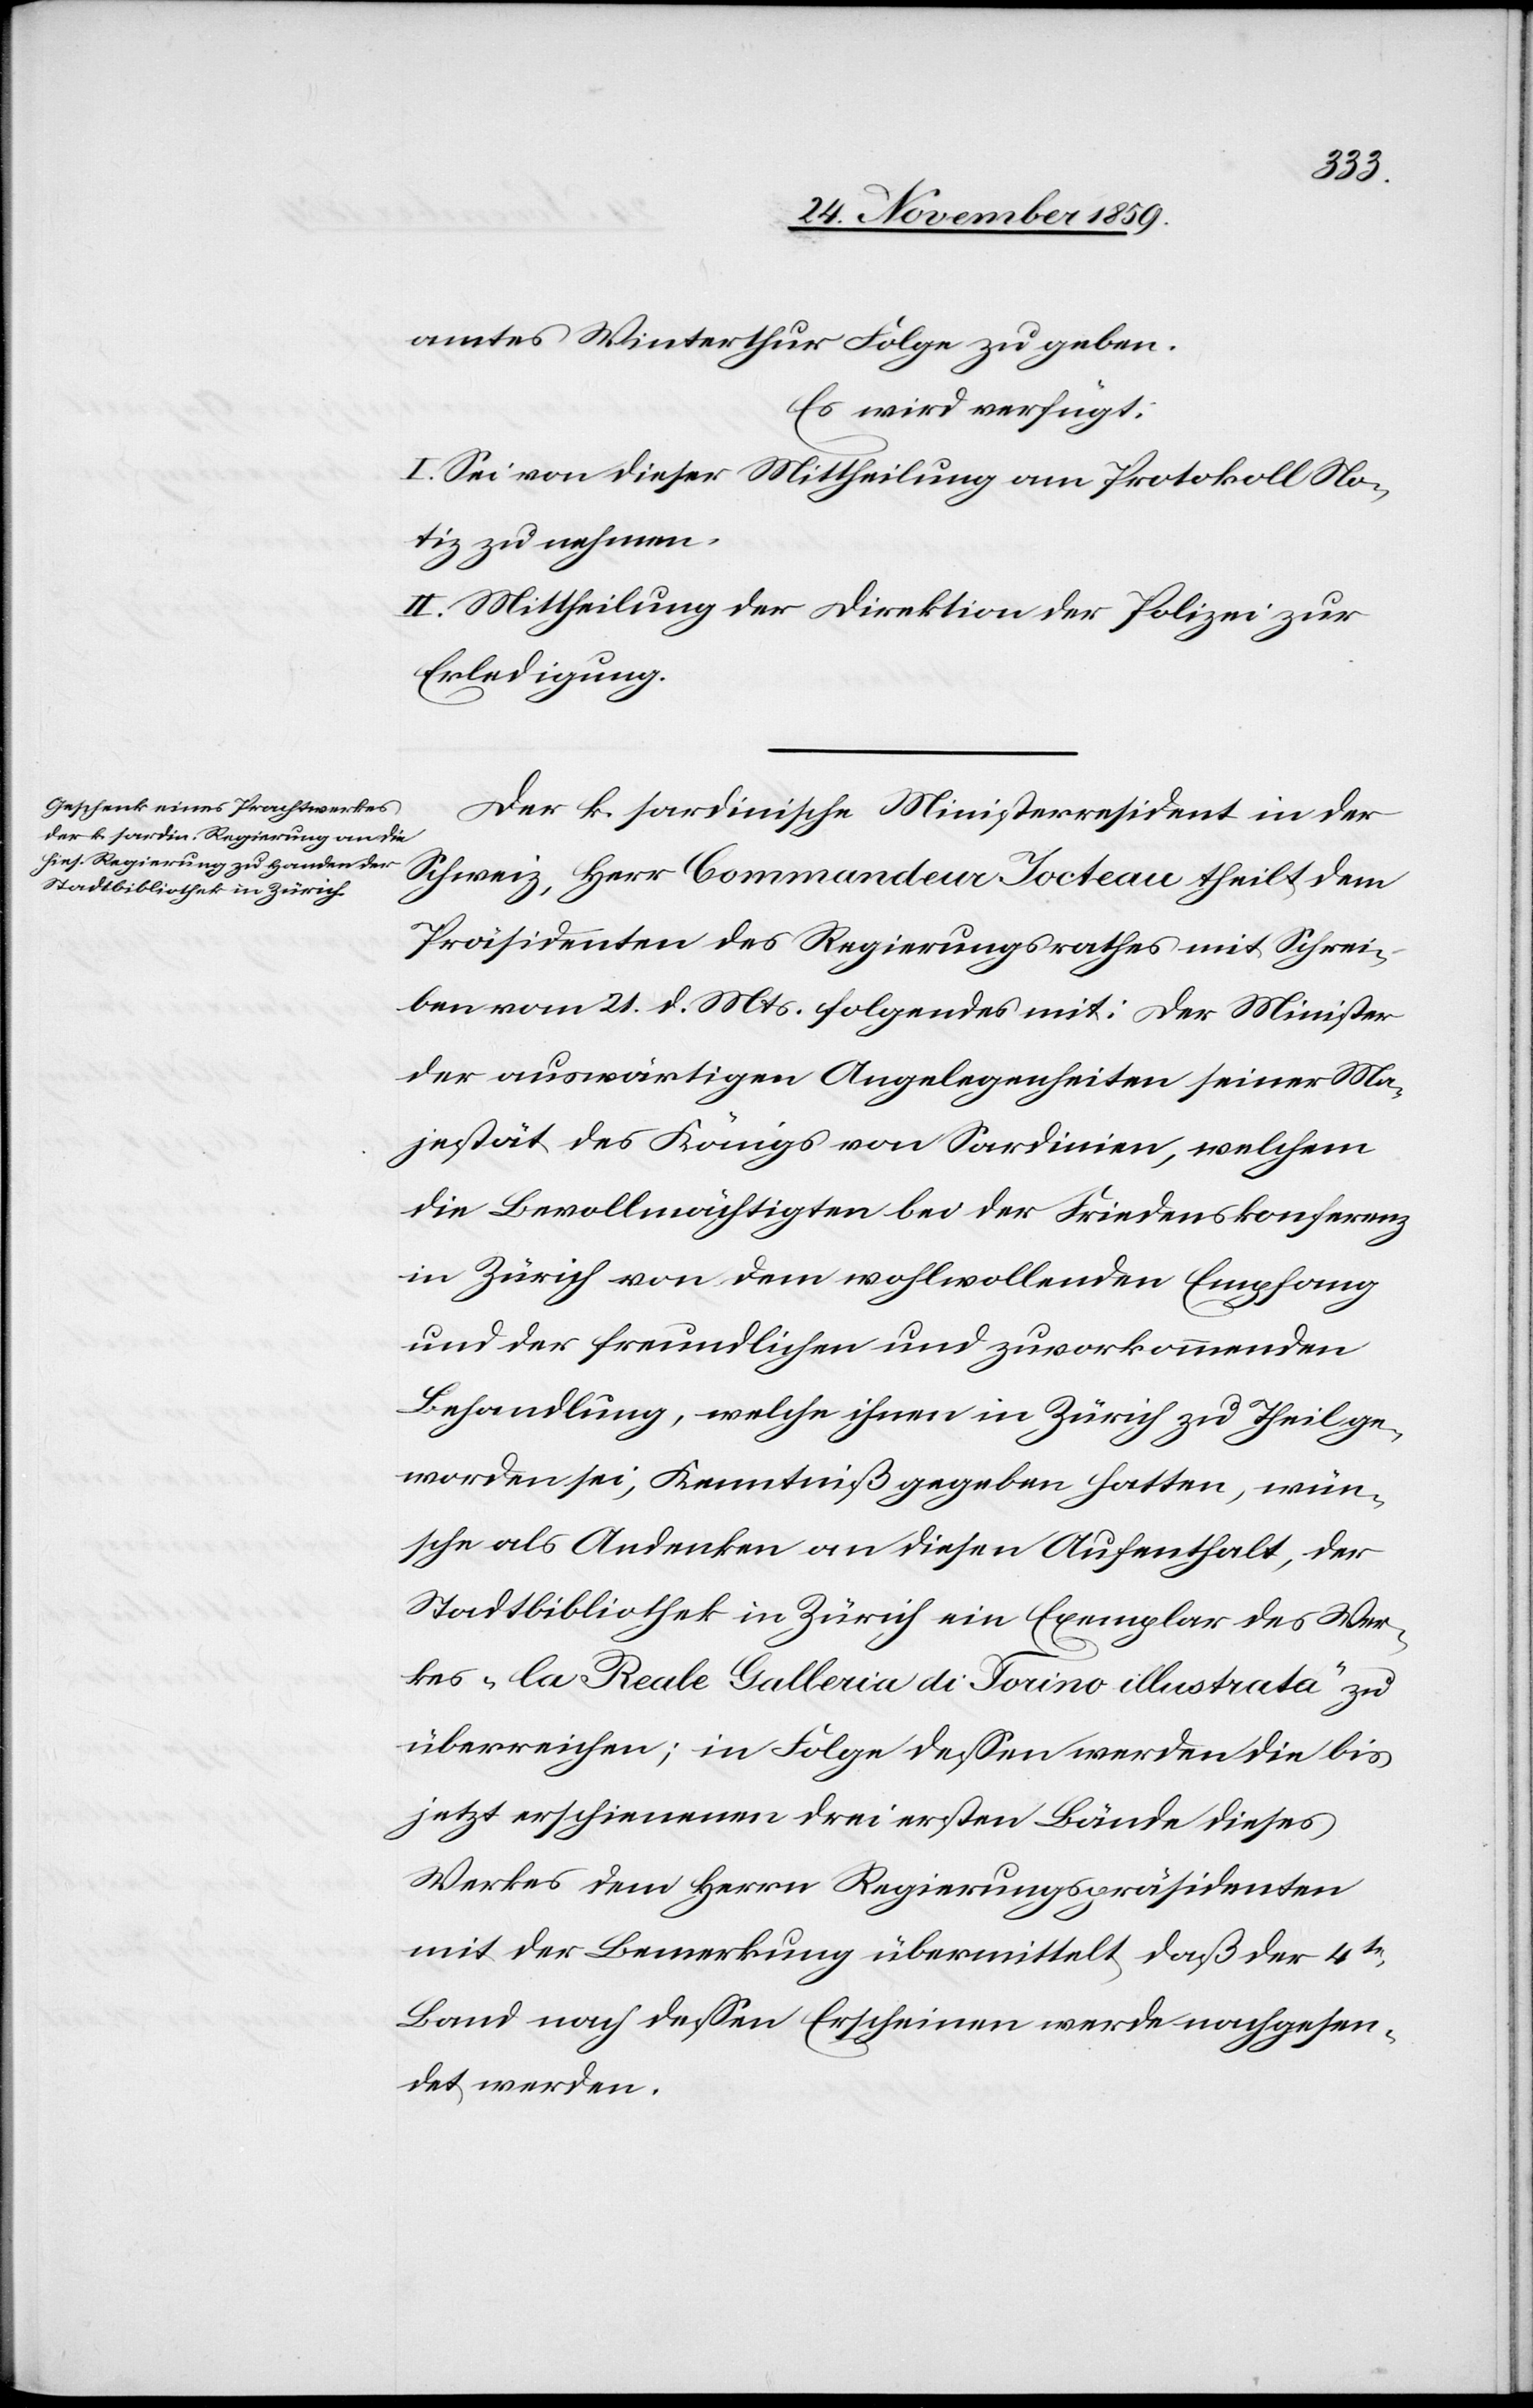
amtes Winterthur Folge zu geben.
Es wird verfügt:
I. Sei von dieser Mittheilung am Protokoll No¬
tiz zu nehmen.
II. Mittheilung der Direktion der Polizei zur
Erledigung.
Der k. sardinische Ministerresident in der
Schweiz, Herr Commandeur Tocteau theilt dem
Präsidenten des Regierungsrathes mit Schrei¬
ben vom 21. d. Mts. folgendes mit: Der Minister
der auswärtigen Angelegenheiten seiner Ma¬
jestät des Königs von Sardinien, welchem
die Bevollmächtigten der Friedenskonferenz
in Zürich von dem wohlwollenden Empfang
und der freundlichen und zuvorkommenden
Behandlung, welche ihnen in Zürich zu Theil ge¬
worden sei, Kenntniß gegeben hatten, wün¬
sche als Andenken an diesen Aufenthalt, der
Stadtbibliothek in Zürich ein Exemplar des Wer¬
kes „la Reale Galleria die Torino illustrata“ zu
überreichen; in Folge dessen werden die bis
jetzt erschienenen drei ersten Bände dieses
Werkes dem Herrn Regierungspräsidenten
mit der Bemerkung übermittelt, daß der 4te
Band nach dessen Erscheinen werde nachgesen¬
det werden.